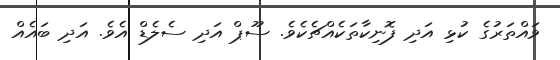
ވައްތަރުގެ ކުޅި އަދި ފޮނިކާތަކެއްޗެކެވެ. ސޫޕް އަދި ސެލެޑް އެވެ. އަދި ބައެއް